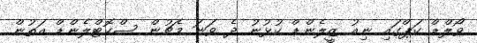
ވޯލްޑް ކަޕްގައި ނިއު ޒީލެންޑް ކުޅުނު ދެ ވަނަ މެޗުން ސްކޮޓްލެންޑް އަތުން